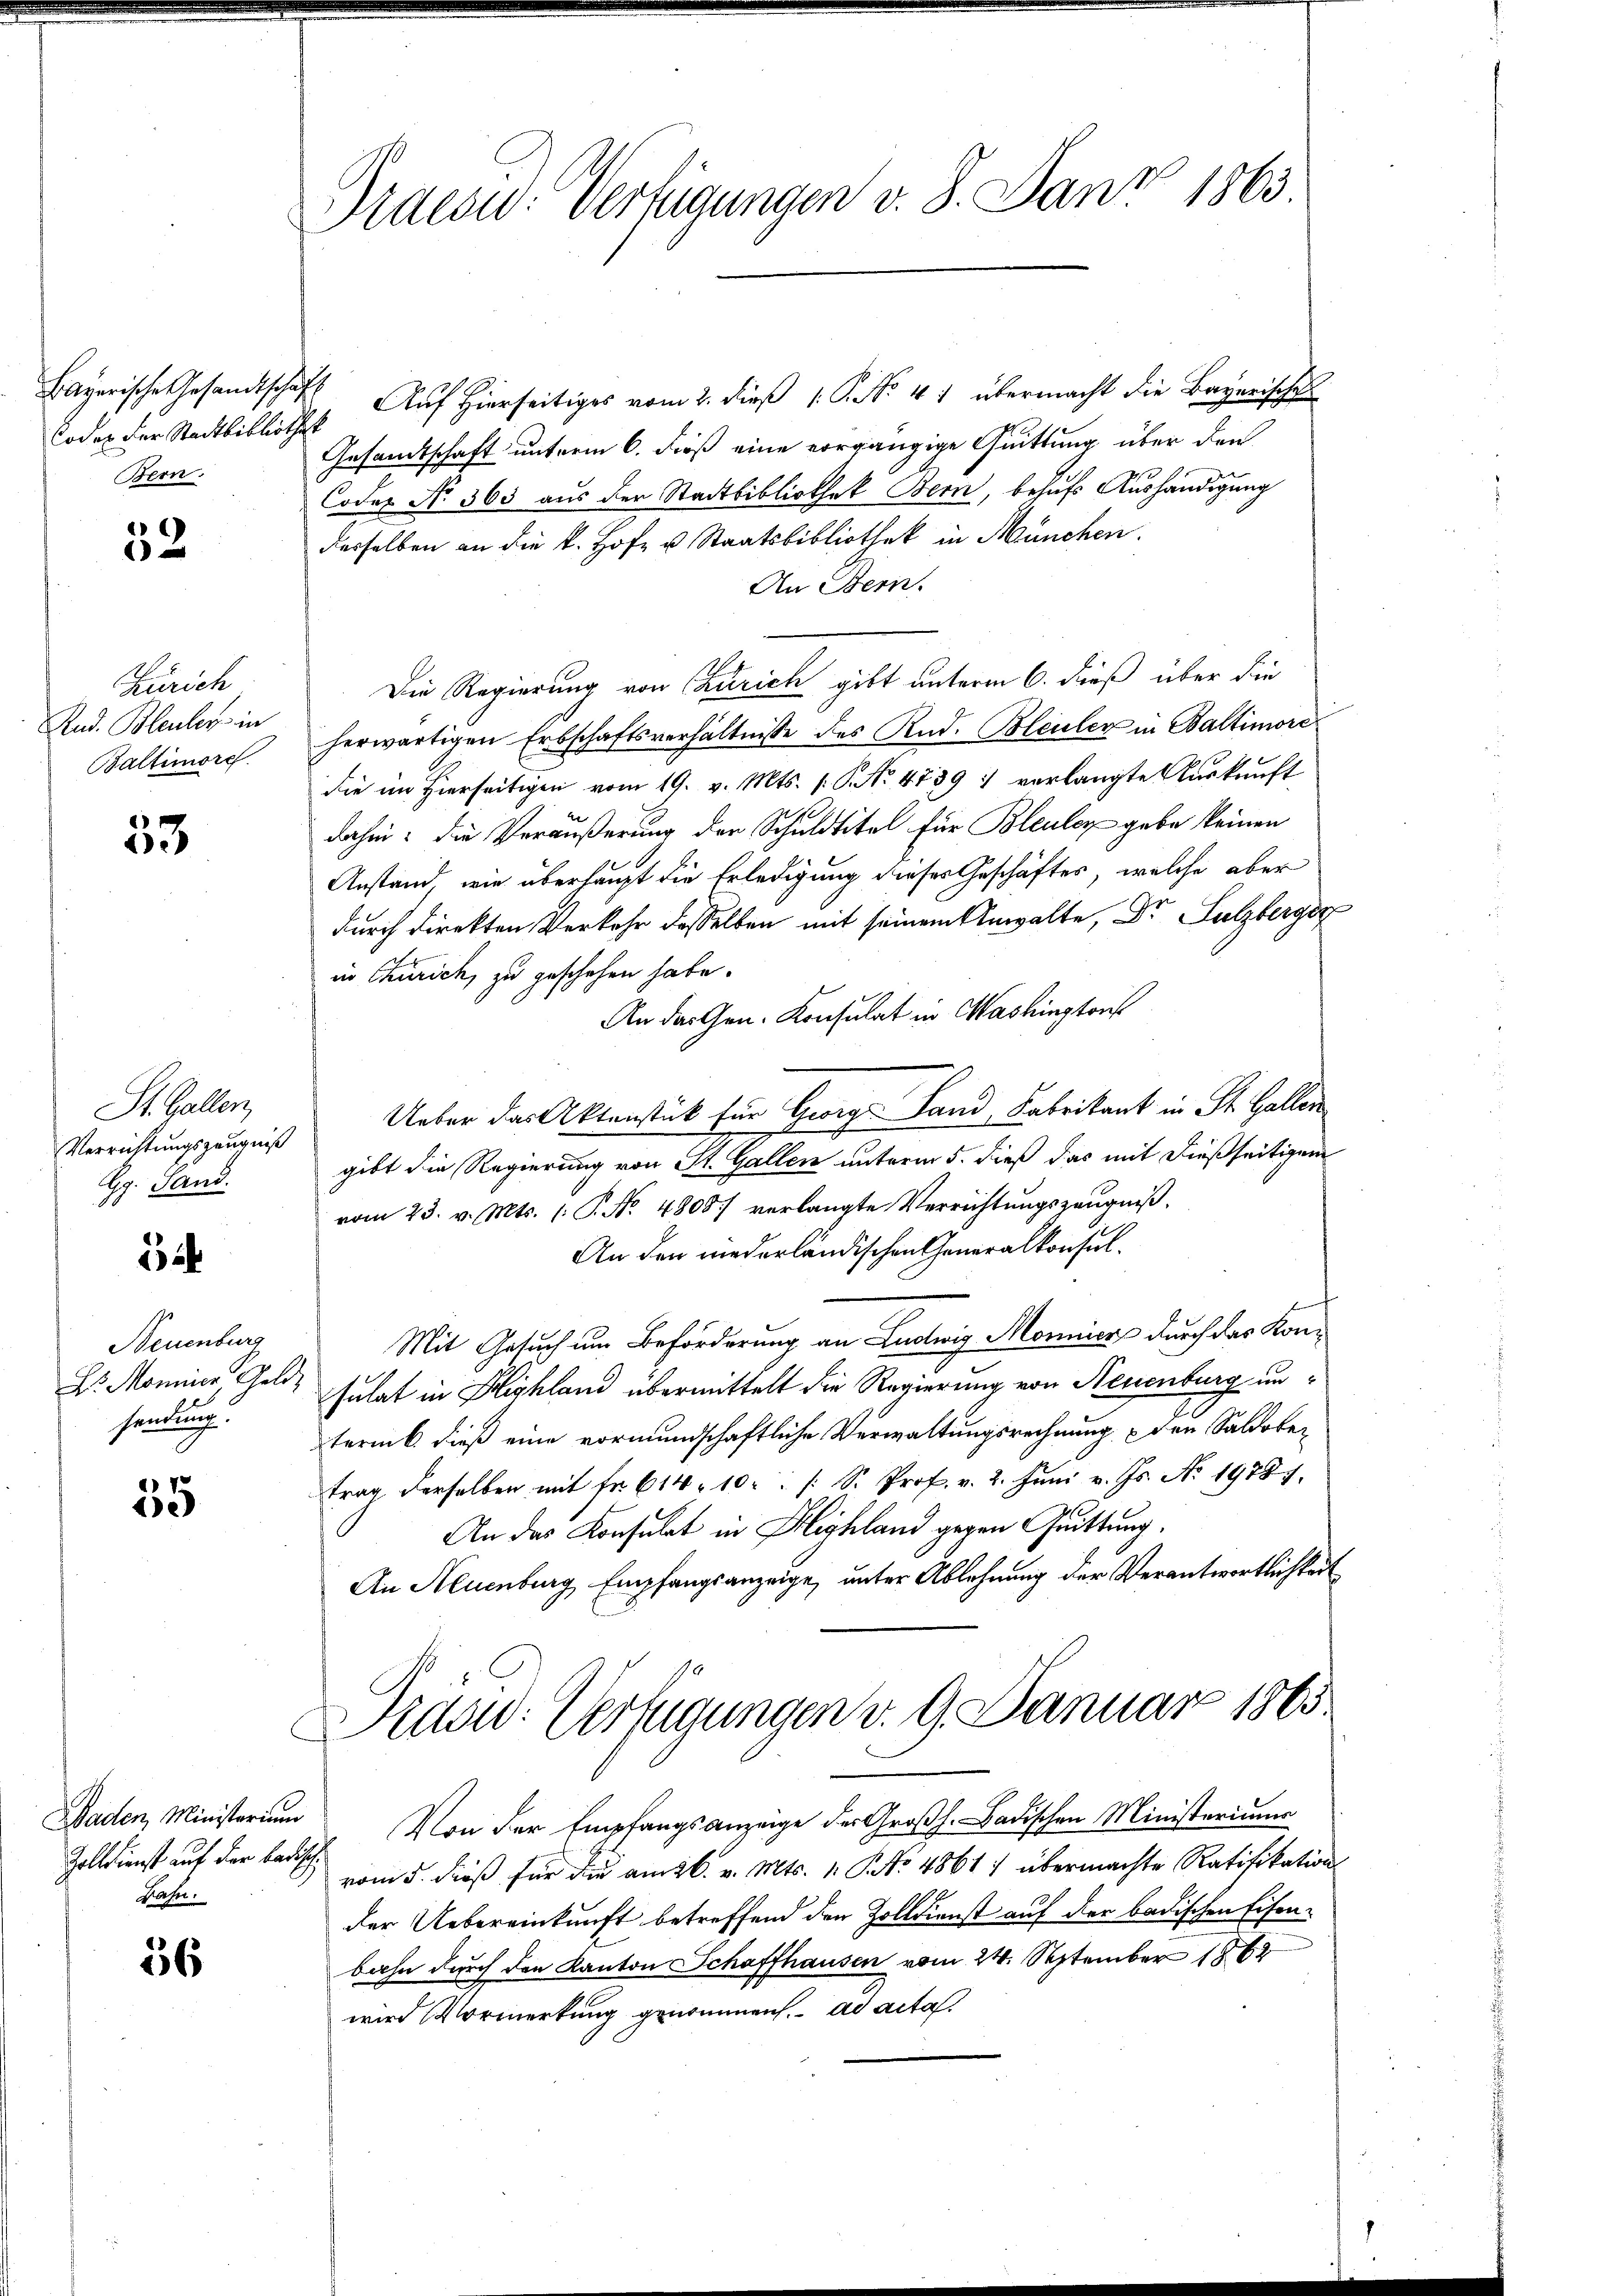
Codex der Stadtbibliothek
Bern.

2
52

Zürich
Rud. Bleuler in
Baltimore

)
53

St. Gallen,
Verrichtungszeugniß
G. Sand.

a

Neuenburg
Dr. Moninn, Gelde
sendung.

55

Zolldienst auf der badisch
Bahn.

36

Praesid. Verfügungen v. 8. Janr 1863

Bayerische Gesandtschaft Auf Hierseitiges vom 2. dieß 1. P. No. 41 übermacht die Bayerische
Gesandtschaft unterm 6. dieß eine vorgängige Quittung über den
Codex No. 363 aus der Stadtbibliothek Bern, behufs Aushändigung
desselben an die k. Hof- u Staatsbibliothek in München.
An Bern.
Die Regierung von Zürich gibt unterm 6. dieß über die
herwärtigen Erbschaftsverhältnisse des Rud. Bleuler in Baltimore
die im Hierseitigen vom 19. v. Mts. v. P. No. 4739 " verlangte Auskunft
dahin: die Veräußerung der Schuldtitel für Bleuler gebe keinen
Anstand, wie überhaupt die Erledigung dieses Geschäftes, welche aber
durch direkten Verkehr desselben mit seinem Anwalte, Dr Sulzberger
in Churich, zu geschehen habe.
An das Gen. Konsulat in Washingtons
Ueber das Aktenstück für Georg Land, Fabrikant in St. Gallen
gibt die Regierung von St. Gallen unterm 5. dieß das mit dießseitigen
vom 23. v. Mts. (: P. No. 4808) verlangte Verrichtungszeugniß,
An den niederländischen Generalkonsul¬
Mit Gesuch um Beförderung an Ludwig Mornier durch das Konsulat in Highland übermittelt die Regierung von Neuenburg unterint. dieß eine vormundschaftliche Verwaltungsrechnung den Saldober
trag derselben mit fr. 614. 10. /: S. Prof. v. 2. Jŭni v. Js. No. 19781.
An das Konsulat in Highland gegen Quittung.
An Neuenburg, Empfangsanzeige, unter Ablehnung der Verantwortlichkeit

Drad: Verfügungen v. 9. Januar 1865.

Baden, Ministerium Von der Empfangsanzeige der Großh. Badischen Ministeriums
vom 5. dieß für die am 26. v. Mts. 1. No 4861) übermachte Ratifikation
der Uebereinkunft betreffend den Zolldienst auf der badischen Eisenbahn durch den Kanton Schaffhausen vom 24. September 1864
wird Vormerkung genommen. ad acta.